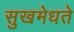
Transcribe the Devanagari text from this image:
सुखमेधते